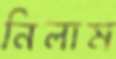
নিলাম